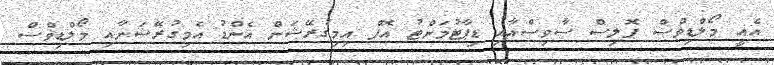
އެއީ މޯލްޑިވްސް ޕޮލިސް ސާވިސްއާއި ޑިޕާޓުމަންޓު އޮފް އިމިގުރޭޝަން އެންޑު އެމިގުރޭޝަނާއި މޯލްޑިވްސް